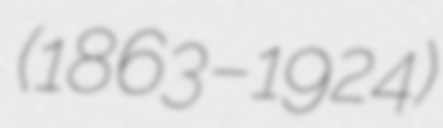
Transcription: (1863–1924)